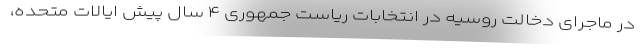
در ماجرای دخالت روسیه در انتخابات ریاست جمهوری ۴ سال پیش ایالات متحده،